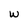
Character: W